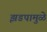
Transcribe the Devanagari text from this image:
झडपामुळे